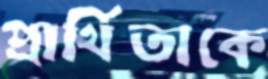
প্রার্থিতাকে